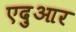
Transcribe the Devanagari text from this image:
एदुआर